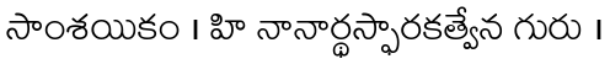
సాంశయికం । హి నానార్థస్ఫారకత్వేన గురు ।